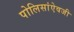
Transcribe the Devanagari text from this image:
पोलिसांऐवजी